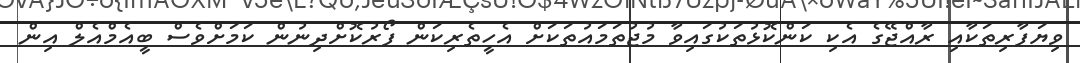
ވިޔަފާރިތަކާއި ރާއްޖޭގެ އެކި ކަންކޮޅުތަކުގައިވާ މުޖުތަމައުތަކަށް އެހީތެރިކަން ފޯރުކޮށްދިނުން ކަމަށްވެސް ބީއެމްއެލް އިން